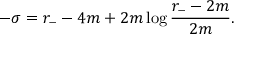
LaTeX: - \sigma = r _ { - } - 4 m + 2 m \log \frac { r _ { - } - 2 m } { 2 m } .